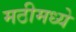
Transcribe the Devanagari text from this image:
मठीमध्ये